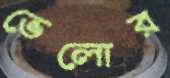
ভেলোর